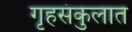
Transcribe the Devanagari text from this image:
गृहसंकुलात